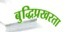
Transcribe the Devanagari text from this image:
बुद्धिप्रखरता